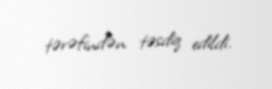
tərəfindən təsdiq edildi.